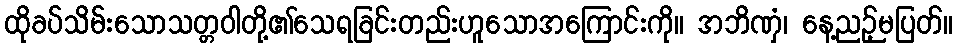
ထိုခပ်သိမ်းသောသတ္တဝါတို့၏သေရခြင်းတည်းဟူသောအကြောင်းကို။ အဘိဏှံ၊ နေ့ညဉ့်မပြတ်။